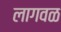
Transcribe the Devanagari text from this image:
लागवळ